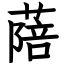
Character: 䔒